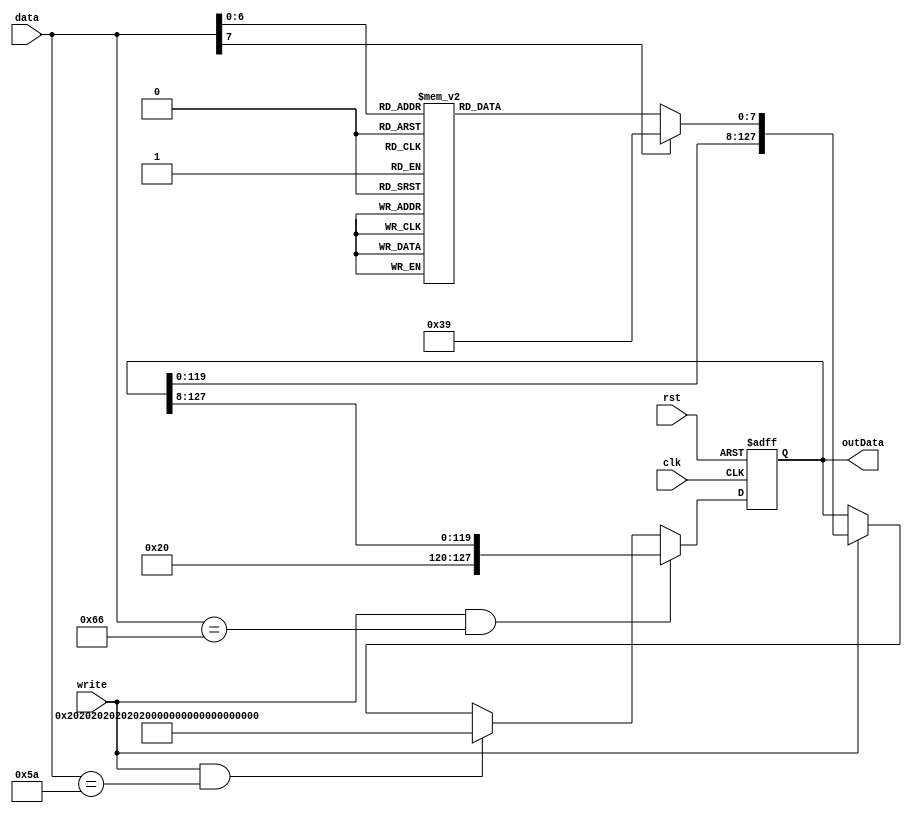
`timescale 1ns / 1ps
//////////////////////////////////////////////////////////////////////////////////
// Company: 
// Engineer: 
// 
// Design Name: 
// Module Name:    decoder 
// Project Name: 
// Target Devices: 
// Tool versions: 
// Description: 
//
// Dependencies: 
//
// Revision: 
// Revision 0.01 - File Created
// Additional Comments: 
//
//////////////////////////////////////////////////////////////////////////////////
module decoder(
	 input write, clk,rst,
    input [7:0] data,
	 output [127:0] outData
    );
	reg[127:0] register;
	reg[7:0] dataTmp;
	always @(posedge clk,posedge rst)
		if(rst)
			register={16{8'd32}};
		else if(write && data==8'h66)
			register={8'd32,register[127:8]};
		else if(write && data==8'h5a)
			register={16{8'd32}};
		else if(write)
			register={register[119:0],dataTmp};
	always @* begin
		case(data)
				8'h42://k
					dataTmp<=8'b01001011;
				8'h3c://u
					dataTmp<=8'b01010101;
				8'h32://b
					dataTmp<=8'b01000010;
				8'h1c://a
					dataTmp<=8'b01000001;
				8'h2c://t
					dataTmp<=8'b01010100;
				8'h1b://s
					dataTmp<=8'b01010011;
				8'h1a://z
					dataTmp<=8'b01011010;
				8'h15://q
					dataTmp<=8'b01010001;
				8'h1d://w
					dataTmp<=8'b01010111;
				8'h24://e
					dataTmp<=8'b01000101;
				8'h2d://r
					dataTmp<=8'b01010010;
				8'h35://y
					dataTmp<=8'd89;
				8'h43://i
					dataTmp<=8'd73;
				8'h44://o
					dataTmp<=8'd79;
				8'h4d://p
					dataTmp<=8'd80;
				8'h23://d
					dataTmp<=8'd68;
				8'h2b://f
					dataTmp<=8'd70;
				8'h34://g
					dataTmp<=8'd71;
				8'h33://h
					dataTmp<=8'd72;
				8'h3b://j
					dataTmp<=8'd74;
				8'h4b://l
					dataTmp<=8'd76;
				8'h22://x
					dataTmp<=8'd88;
				8'h2a://v
					dataTmp<=8'd86;
				8'h31://n
					dataTmp<=8'd78;
				8'h3a://m
					dataTmp<=8'd77;
				8'h21://c
					dataTmp<=8'd67;
				8'h29://space
					dataTmp<=8'd32;
				8'h16://1
					dataTmp<=8'd49;
				8'h1e://2
					dataTmp<=8'd50;
				8'h26://3
					dataTmp<=8'd51;
				8'h25://4
					dataTmp<=8'd52;
				8'h2e://5
					dataTmp<=8'd53;
				8'h36://6
					dataTmp<=8'd54;
				8'h3d://7
					dataTmp<=8'd55;
				8'h3e://8
					dataTmp<=8'd56;
				8'h46://9
					dataTmp<=8'd57;
				8'h45://0
					dataTmp<=8'd48;
				//8'h5a://enter - nie lapie nie drukowalnych
			//		dataTmp<=8'd10;
				default:
					dataTmp<=8'd57;//32
					
		endcase
	end
		
assign outData=register;
			
endmodule